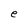
Character: e